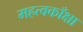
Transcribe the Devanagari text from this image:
महत्वकाँक्षा